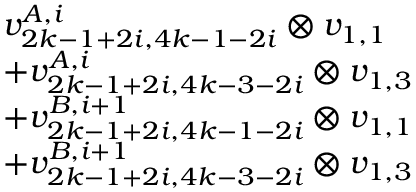
\begin{array} { r l } & { v _ { 2 k - 1 + 2 i , 4 k - 1 - 2 i } ^ { A , i } \otimes v _ { 1 , 1 } } \\ & { + v _ { 2 k - 1 + 2 i , 4 k - 3 - 2 i } ^ { A , i } \otimes v _ { 1 , 3 } } \\ & { + v _ { 2 k - 1 + 2 i , 4 k - 1 - 2 i } ^ { B , i + 1 } \otimes v _ { 1 , 1 } } \\ & { + v _ { 2 k - 1 + 2 i , 4 k - 3 - 2 i } ^ { B , i + 1 } \otimes v _ { 1 , 3 } } \end{array}